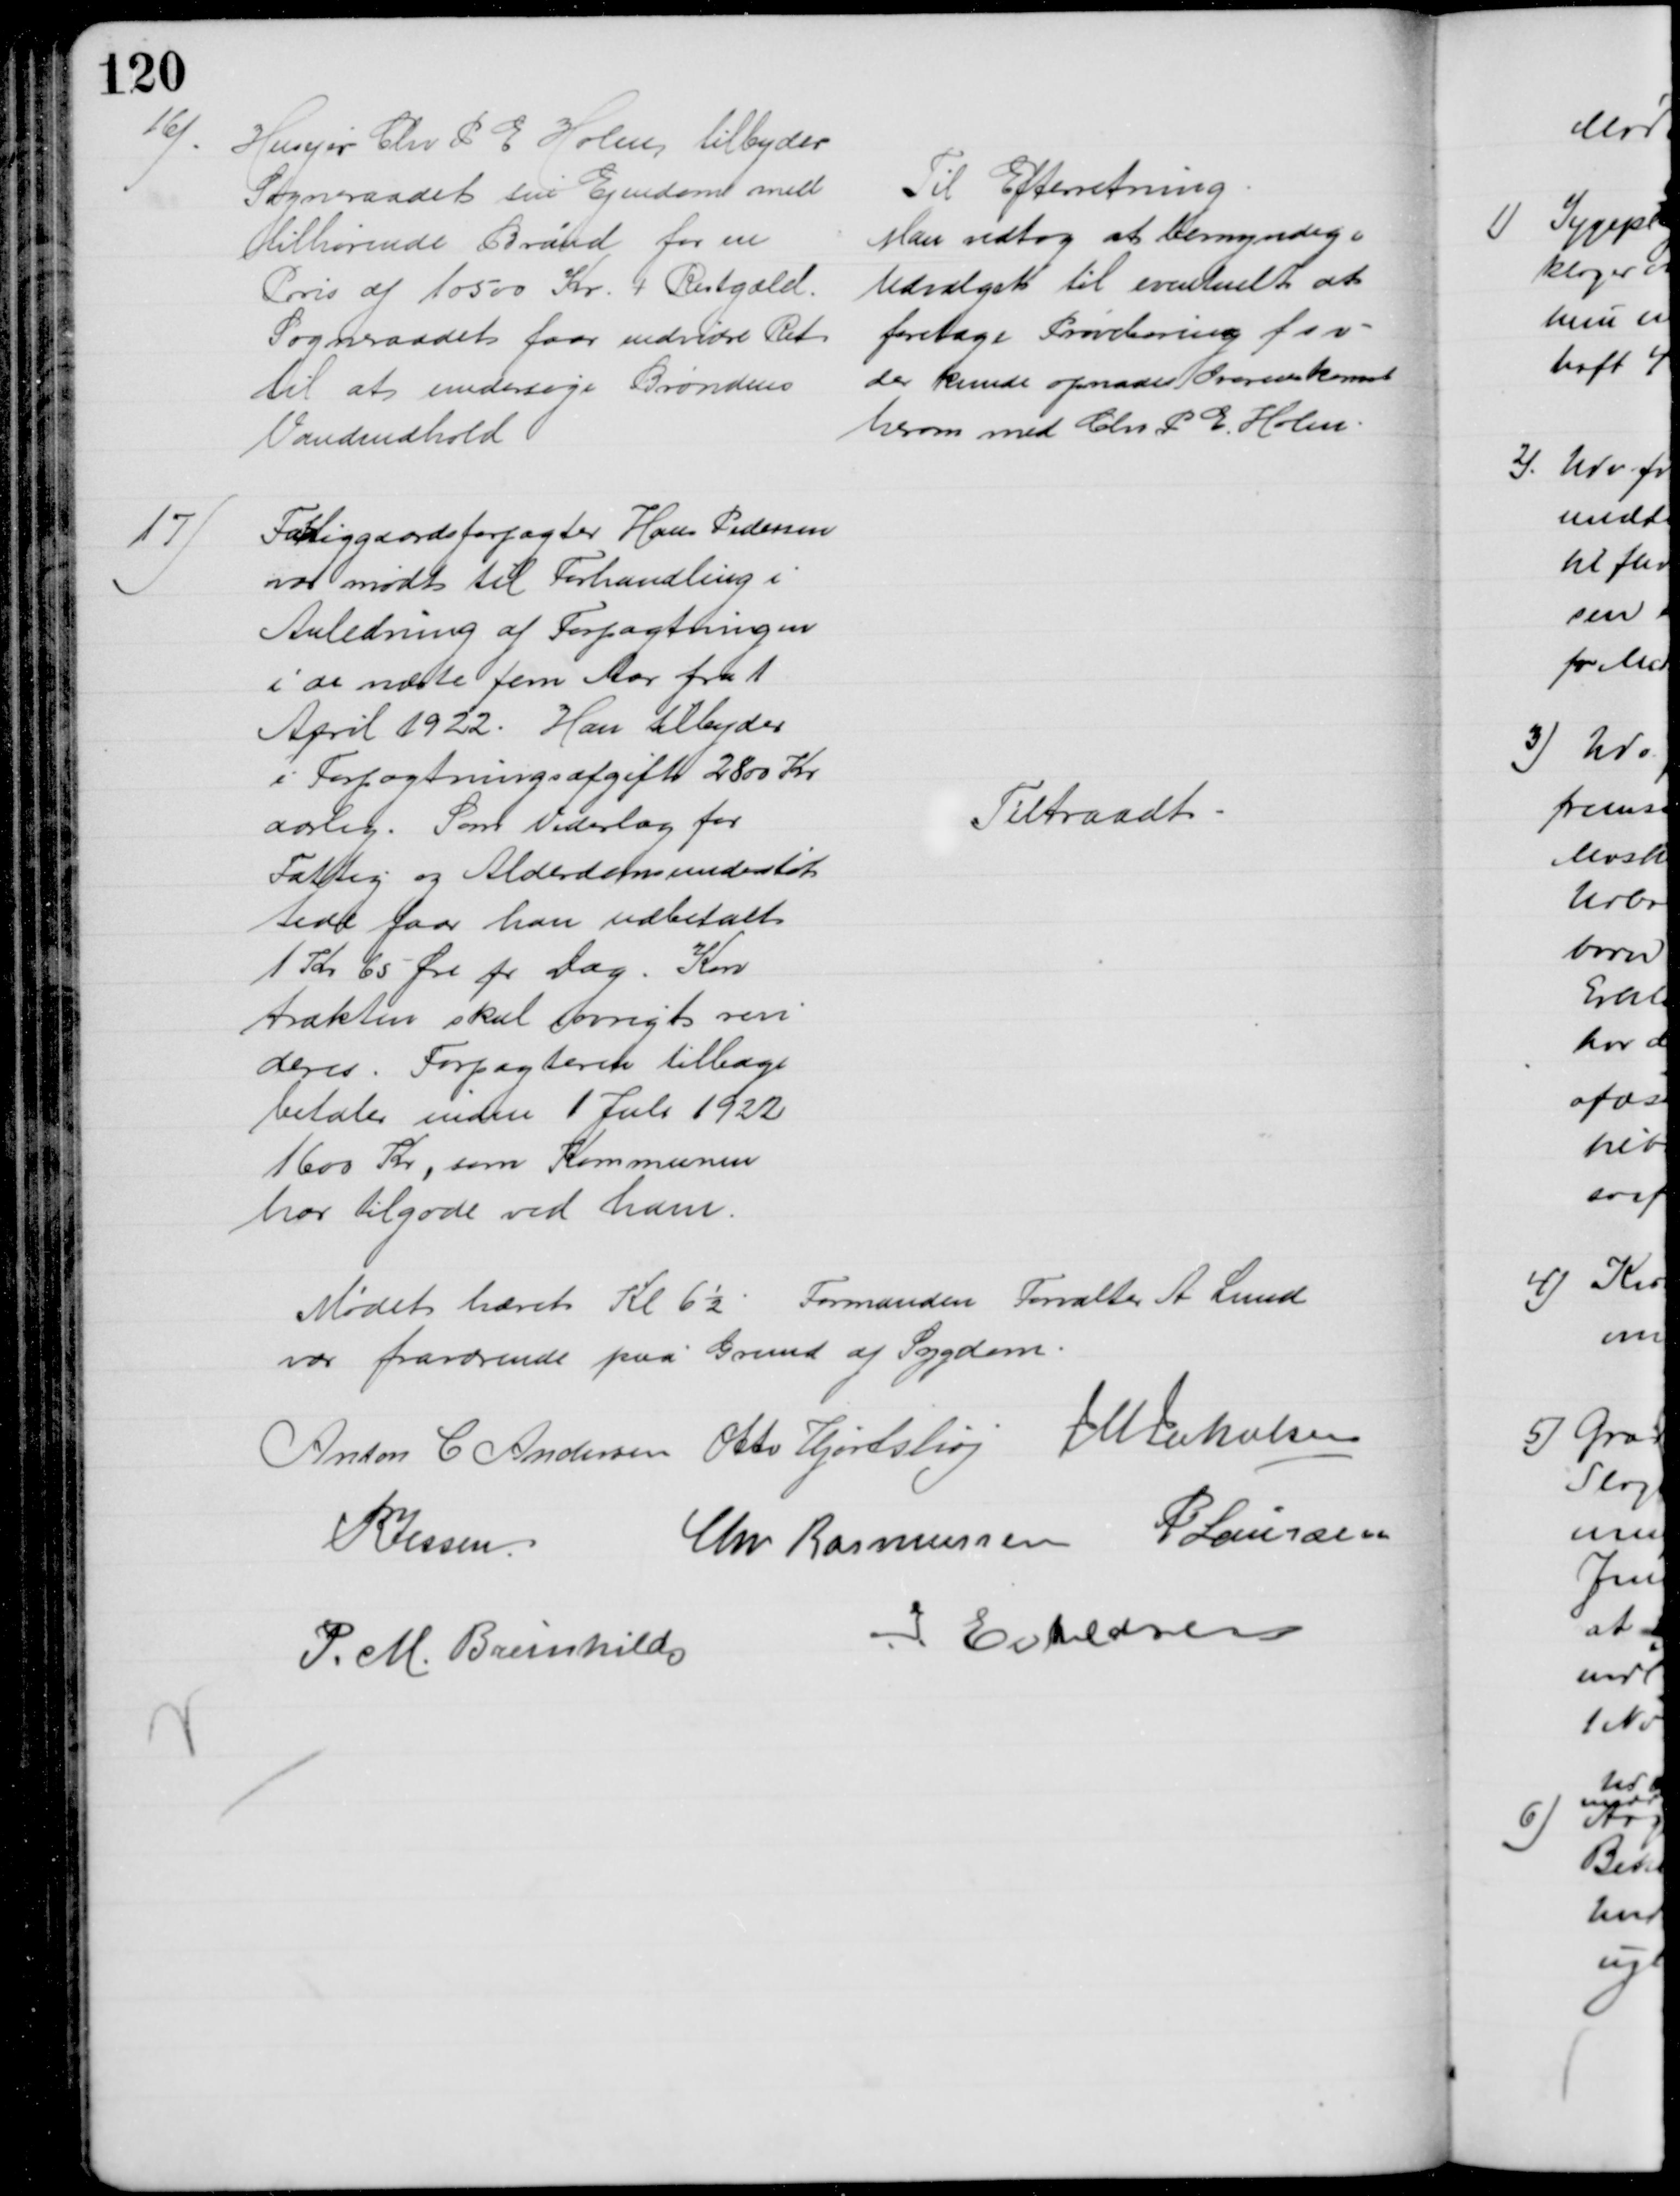
Transskription:
16).
Husejer Chr P E Holm tilbyder
Sogneraadet sin Ejendom med
tilhørende Brønd for en
Pris af 10500 Kr. + Restgæld.
Sogneraadet faar endvidre Ret
til at undersøge Brøndens
Vandindhold 
Til Efterretning
Man vedtog at bemyndige
Udvalget til eventuelt at
foretage Prøveboring f s v
der kunde opnaaes Overenskomst
herom med Chr P E Holm
17)
Fattiggaardsforpagter Hans Pedersen
var mødt til Forhandling i
Anledning af Forpagtningen
i de næste fem Aar fra 1
April 1922. Han tilbyder
i Forpagtningsafgift 2800 Kr
aarlig. Som Vederlag for
Fattig og Alderdomsunderstøt
tede faar han udbetalt
1 Kr 65 Øre pr Dag. Kon
trakten skal iøvrigt revi
deres. Forpagteren tilbage
betaler inden 1 Juli 1922
1600 Kr, som Kommunen
har tilgode ved ham.
Tiltraadt
Mødet hævet Kl 6½ Formanden Forvalter A Lund
var fraværende paa Grund af Sygdom.
Anton C Andersen Otto Hjortshøj J M Jakobsen
P. Jessen
Chr Rasmussen P Laursen
P. M. Breinhild
J Eskildsen